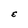
Character: E